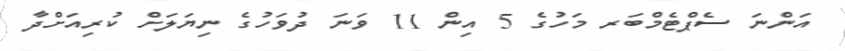
އަންނަ ސެޕްޓެމްބަރ މަހުގެ 5 އިން 11 ވަނަ ދުވަހުގެ ނިޔަލަށް ކުރިއަށްދާ